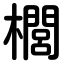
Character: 櫚